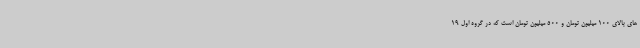
های بالای 100 میلیون تومان و 500 میلیون تومان است که در گروه اول 19